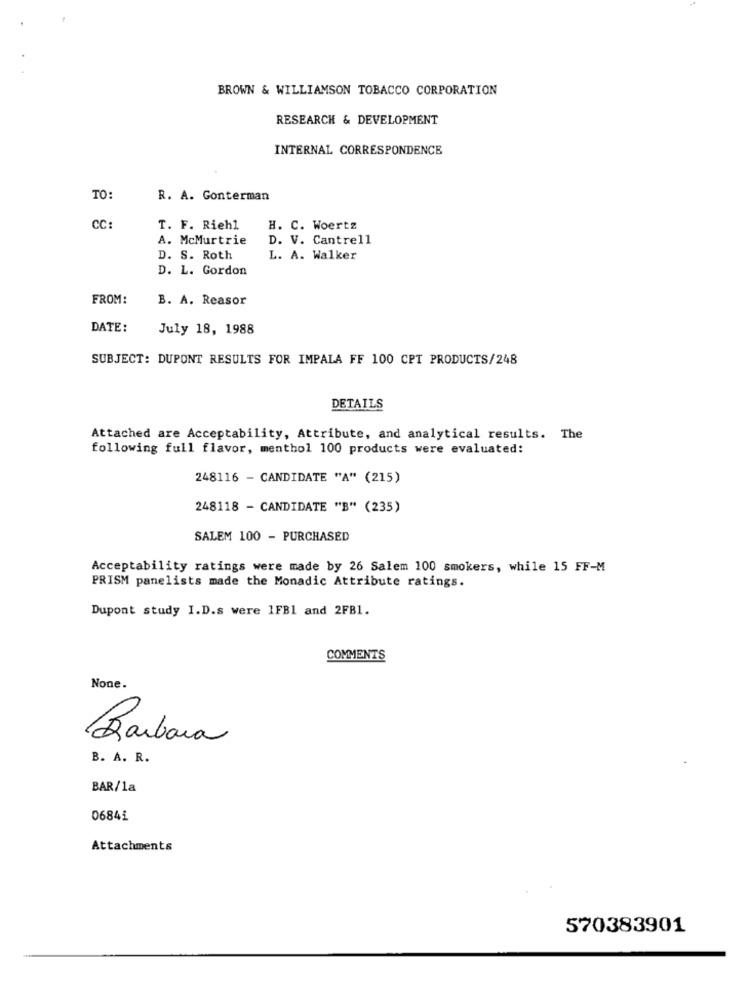
BROWN & WILLIAMSON TOBACCO CORPORATION
RESEARCH & DEVELOPMENT
INTERNAL CORRESPONDENCE
TO:
R. A. Gonterman
CC:
T. F. Riehl
H. C. Woertz
A. McMurtrie
D. V. Cantrell
D. S. Roth
L. A. Walker
D. L. Gordon
FROM:
B. A. Reasor
DATE:
July 18, 1988
SUBJECT: DUPONT RESULTS FOR IMPALA FF 100 CPT PRODUCTS/248
DETAILS
Attached are Acceptability, Attribute, and analytical results. The
following full flavor, menthol 100 products were evaluated:
248116 - CANDIDATE "A" (215)
248118 - CANDIDATE "B" (235)
SALEM 100 - PURCHASED
Acceptability ratings were made by 26 Salem 100 smokers, while 15 FF-M
PRISM panelists made the Monadic Attribute ratings.
Dupont study I.D.s were 1FB1 and 2FB1.
COMMENTS
None.
Barbara
B. A. R.
BAR/1a
06841
Attachments
570383901